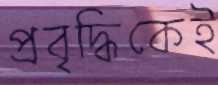
প্রবৃদ্ধিকেই